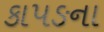
કાપઙના